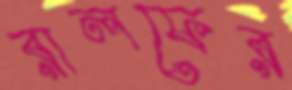
রালফের